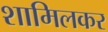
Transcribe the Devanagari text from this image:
शामिलकर